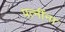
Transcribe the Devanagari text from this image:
पत्‍नींना